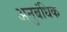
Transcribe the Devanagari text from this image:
अनुबंधिक